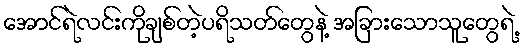
အောင်ရဲလင်းကိုချစ်တဲ့ပရိသတ်တွေနဲ့ အခြားသောသူတွေရဲ့